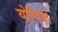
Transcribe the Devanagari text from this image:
योगिया